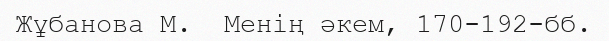
Жұбанова М.  Менің әкем, 170-192-бб.